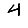
Digit: 4